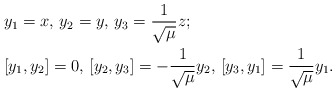
\begin{align*} &y_1=x, \, y_2=y, \, y_3=\frac{1}{\sqrt{\mu}}z;\\ &[y_1,y_2]=0, \, [y_2,y_3]=-\frac{1}{\sqrt{\mu}}y_2, \, [y_3,y_1]=\frac{1}{\sqrt{\mu}}y_1.\end{align*}